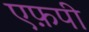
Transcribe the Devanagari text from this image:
एफ़पी